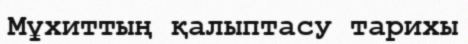
Мұхиттың қалыптасу тарихы